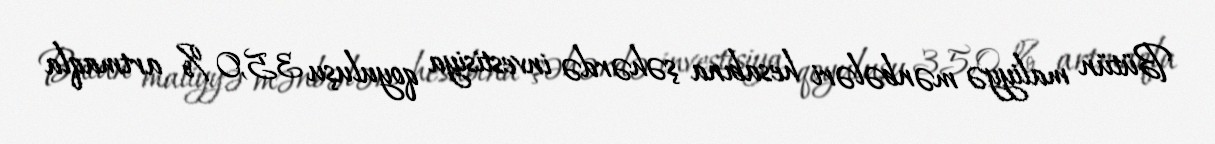
Bütün maliyyə mənbələri hesabına şəhərdə investisiya qoyuluşu 35,0 % artmaqla